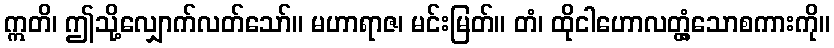
ဣတိ၊ ဤသို့လျှောက်လတ်သော်။ မဟာရာဇ၊ မင်းမြတ်။ တံ၊ ထိုငါဟောလတ္တံ့သောစကားကို။